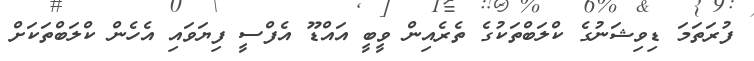
ފުރަތަމަ ޑިވިޝަނުގެ ކްލަބްތަކުގެ ތެރެއިން ވީބީ އައްޑޫ އެފްސީ ފިޔަވައި އެހެން ކްލަބްތަކަށް